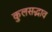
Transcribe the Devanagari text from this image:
कुलसद्भाव